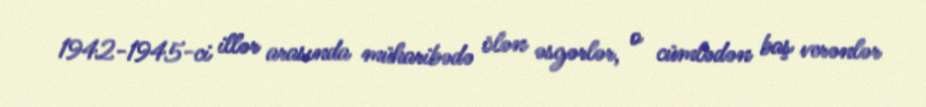
1942-1945-ci illər arasında müharibədə ölən əsgərlər, o cümlədən baş verənlər